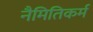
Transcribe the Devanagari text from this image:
नैमितिकर्म